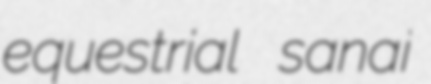
equestrial sanai